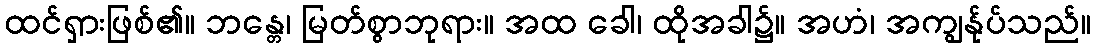
ထင်ရှားဖြစ်၏။ ဘန္တေ၊ မြတ်စွာဘုရား။ အထ ခေါ၊ ထိုအခါ၌။ အဟံ၊ အကျွန်ုပ်သည်။